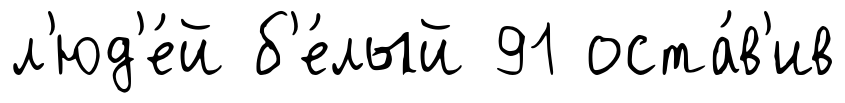
л'юд'е́й б'е́лый 91 оста́в'ив